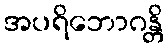
အပရိဘောဂန္တိ